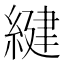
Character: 𦂩